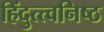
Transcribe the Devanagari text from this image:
हिंदुत्त्वनिष्ठ